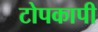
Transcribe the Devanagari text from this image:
टोपकापी